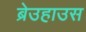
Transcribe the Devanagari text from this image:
ब्रेउहाउस